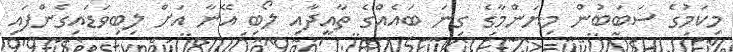
މިކަމުގެ ސަބަބުން މިޔަންމާގެ ގިނަ ބައެއްގެ ތާއީދާއި ލޯބި އޭނާ އަށް ލިބިވަޑައިގެންފައި